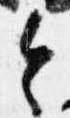
令